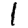
Digit: 1